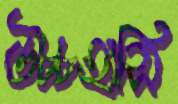
উচ্চহাসি